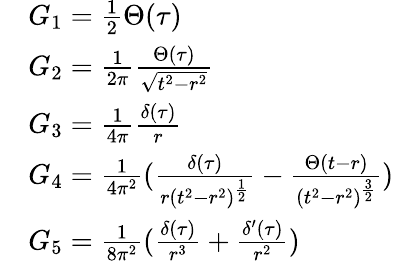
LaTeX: \begin{array}{rl}&{G_{1}=\frac{1}{2}\Theta(\tau)}\\ &{G_{2}=\frac{1}{2\pi}\frac{\Theta(\tau)}{\sqrt{t^{2}-r^{2}}}}\\ &{G_{3}=\frac{1}{4\pi}\frac{\delta(\tau)}{r}}\\ &{G_{4}=\frac{1}{4\pi^{2}}(\frac{\delta(\tau)}{r(t^{2}-r^{2})^{\frac{1}{2}}}-\frac{\Theta(t-r)}{(t^{2}-r^{2})^{\frac{3}{2}}})}\\ &{G_{5}=\frac{1}{8\pi^{2}}(\frac{\delta(\tau)}{r^{3}}+\frac{\delta^{\prime}(\tau)}{r^{2}})}\end{array}